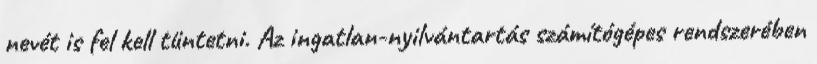
nevét is fel kell tüntetni. Az ingatlan-nyilvántartás számítógépes rendszerében